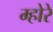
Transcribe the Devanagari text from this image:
म्होरे